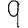
Digit: 9